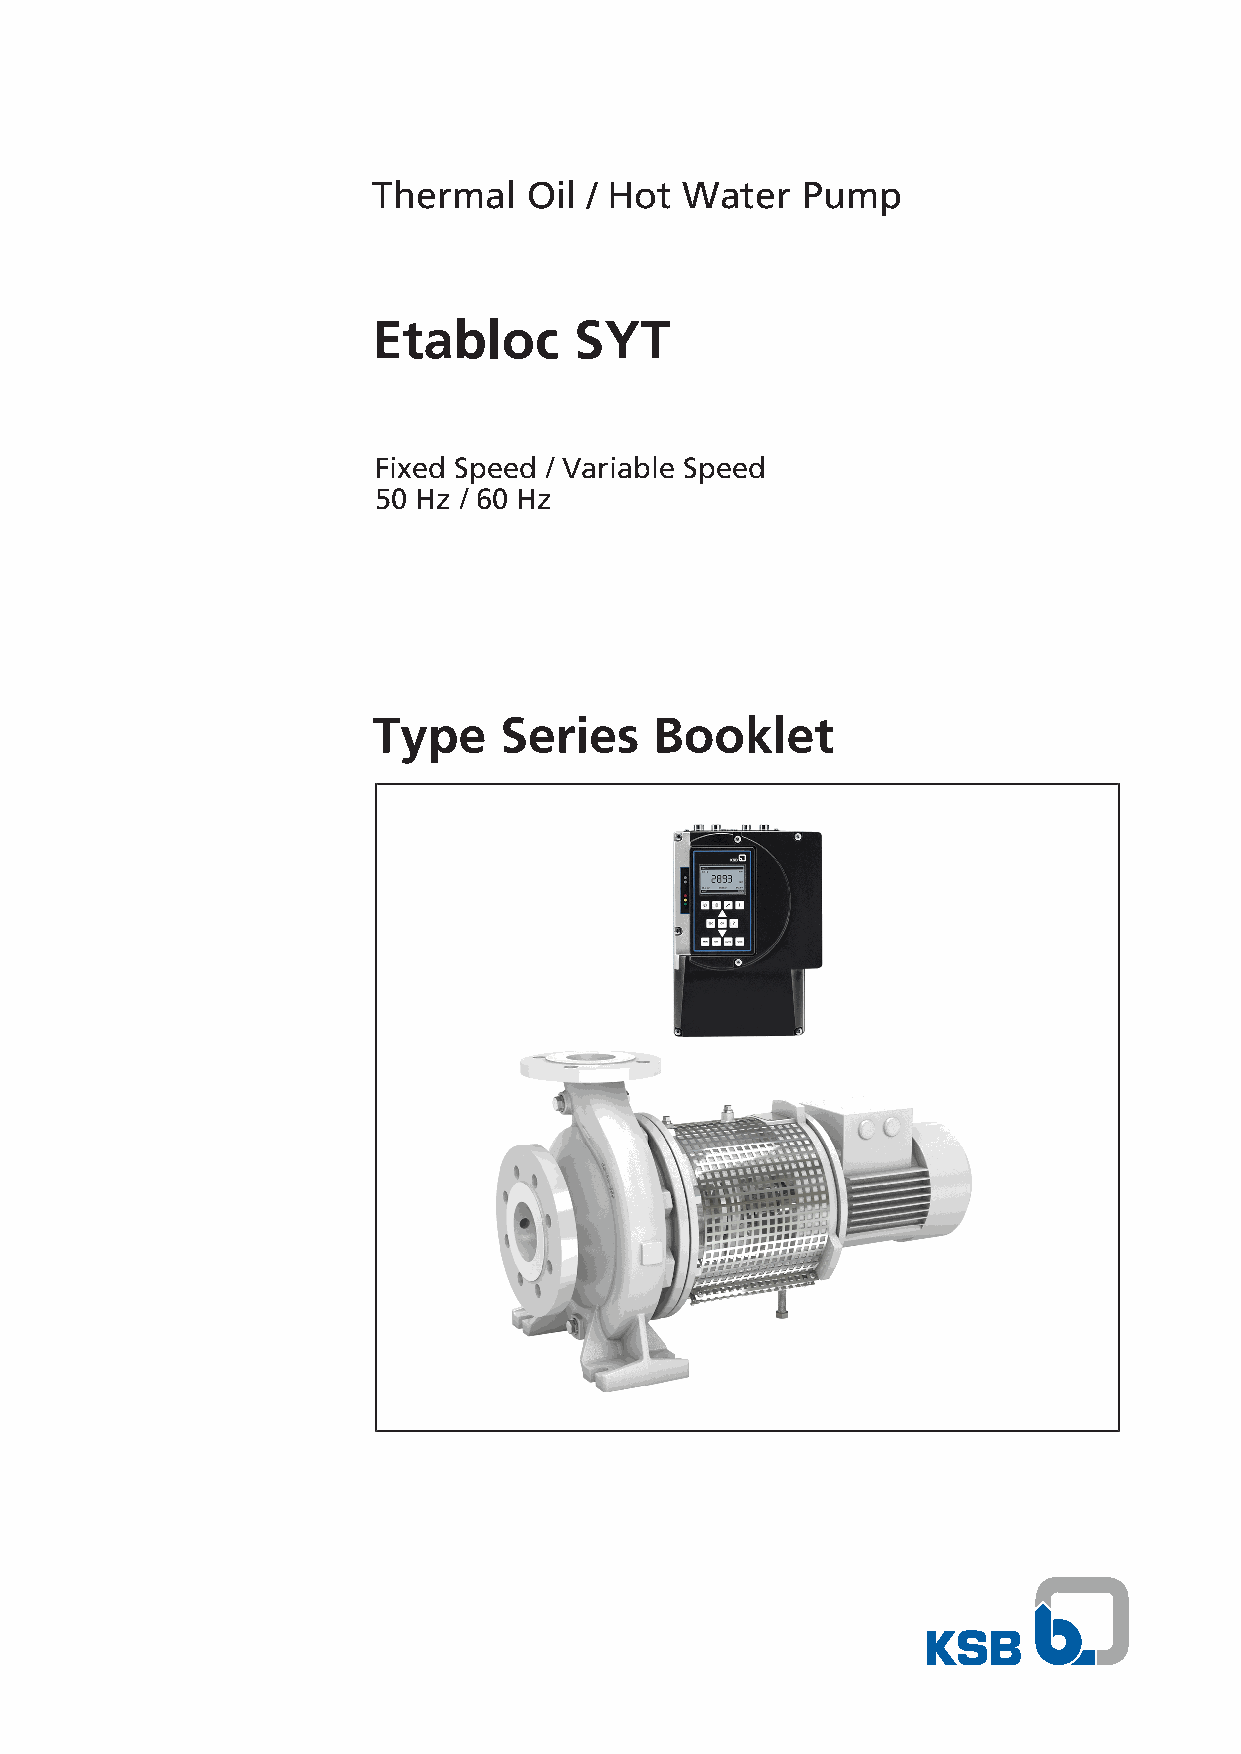
Thermal   Oil / Hot Water   Pump
 Etabloc      SYT
 Fixed Speed / Variable Speed
 50 Hz / 60 Hz
 Type    Series    Booklet